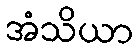
အံသိယာ